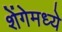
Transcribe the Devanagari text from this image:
शेंगेमध्ये